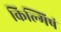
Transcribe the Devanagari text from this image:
किल्मिषं